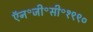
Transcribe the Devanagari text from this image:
ऍन॰जी॰सी॰१९९०